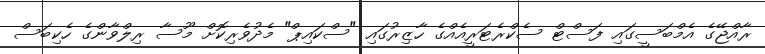
ރާއްޖޭގެ އެމްބަސީގައި ފަސްޓް ސެކްރެޓަރީއެއްގެ ހާޒިރުގައި "ސްކައިޕް" މެދުވެރިކޮށް މޫސާ ރިލްވާންގެ ހެކިބަސް